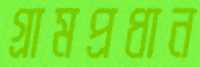
গ্রামপ্রধান